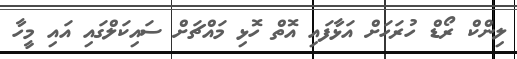
ލިންކް ރޯޑް ހުރަހަށް އަޅާފައި އޮތް ހޮޅި މައްޗަށް ސައިކަލްގައި އައި މީހާ